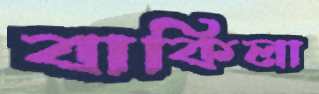
বাকিলা